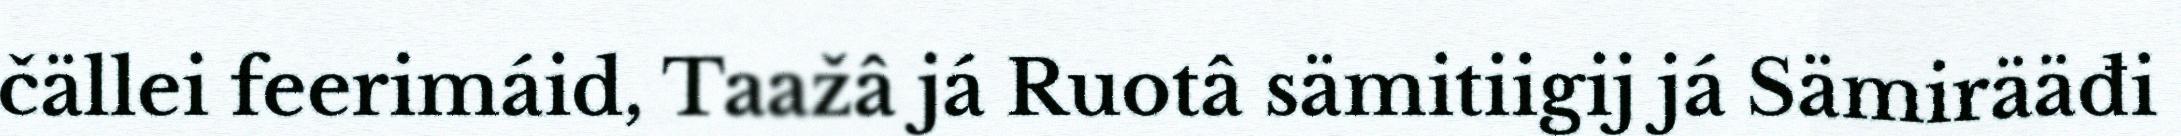
čällei feerimáid, Taažâ já Ruotâ sämitiigij já Sämirääđi